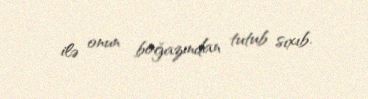
ilə onun boğazından tutub sıxıb.